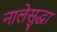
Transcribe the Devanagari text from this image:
नालेसुद्धा